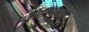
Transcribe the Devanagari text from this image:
गोष्टींकडेही